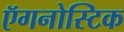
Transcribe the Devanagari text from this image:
ऍगनोस्टिक